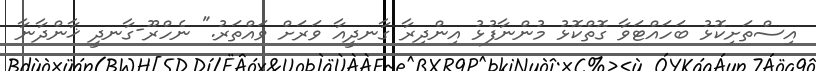
އިސްތަށިކޮޅު ބަހައްޓަވާ ގޮތްކޮޅު މުންނާފުޅު އިންދިރާ ގާނދީއާ ވަރަށް ވައްތަރު." ނެހްރޫ-ގާނދީ ޚާންދާނާ